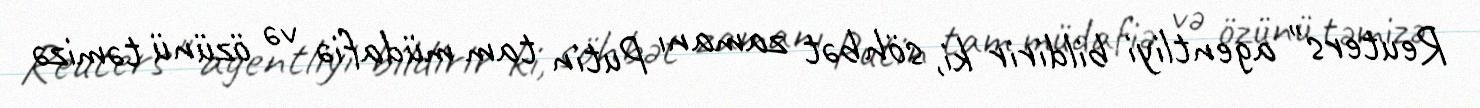
Reuters" agentliyi bildirir ki, söhbət zamanı Putin tam müdafiə və özünü təmizə